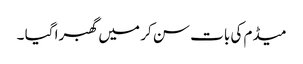
میڈم کی بات سن کر میں گھبرا گیا ۔